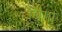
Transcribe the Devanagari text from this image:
बिंगा